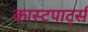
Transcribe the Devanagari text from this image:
कास्टपार्ट्स